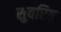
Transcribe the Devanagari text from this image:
सुवरिष्ठ